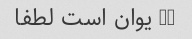
60 یوان است لطفا